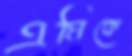
এমিকে